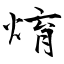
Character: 焴